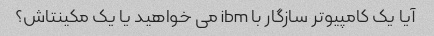
آیا یک کامپیوتر سازگار با ibm می خواهید یا یک مکینتاش؟